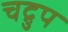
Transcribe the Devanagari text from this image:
चद्रुप